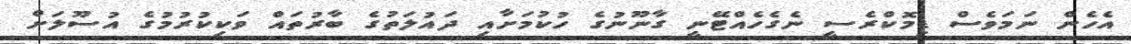
އެހެން ނަމަވެސް ޑިމޮކްރެސީ ނެގެހެއްޓޭނީ ގާނޫނުގެ ހުކުމަށާއި ދައުލަތުގެ ބާރުތައް ވަކިކުރުމުގެ އުސޫލަށް